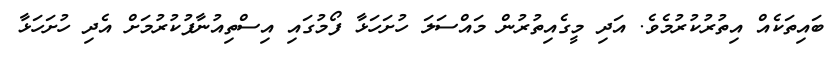
ބައިތަކެއް އިތުރުކުރުމެވެ. އަދި މީގެއިތުރުން މައްސަލަ ހުށަހަޅާ ފޯމުގައި އިސްތިއުނާފުކުރުމަށް އެދި ހުށަހަޅާ